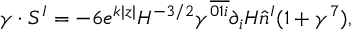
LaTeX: \gamma \cdot S ^ { I } = - 6 e ^ { k | z | } { \cal H } ^ { - 3 / 2 } \gamma ^ { \overline { { { 0 1 i } } } } \partial _ { i } { \cal H } \hat { n } ^ { I } ( 1 + \gamma ^ { 7 } ) ,